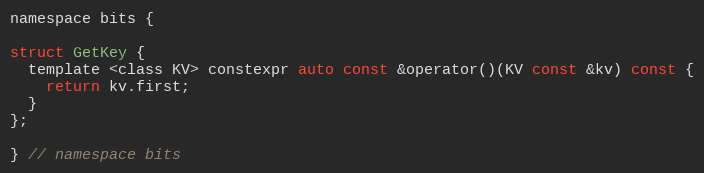
Language: C
namespace bits {

struct GetKey {
  template <class KV> constexpr auto const &operator()(KV const &kv) const {
    return kv.first;
  }
};

} // namespace bits